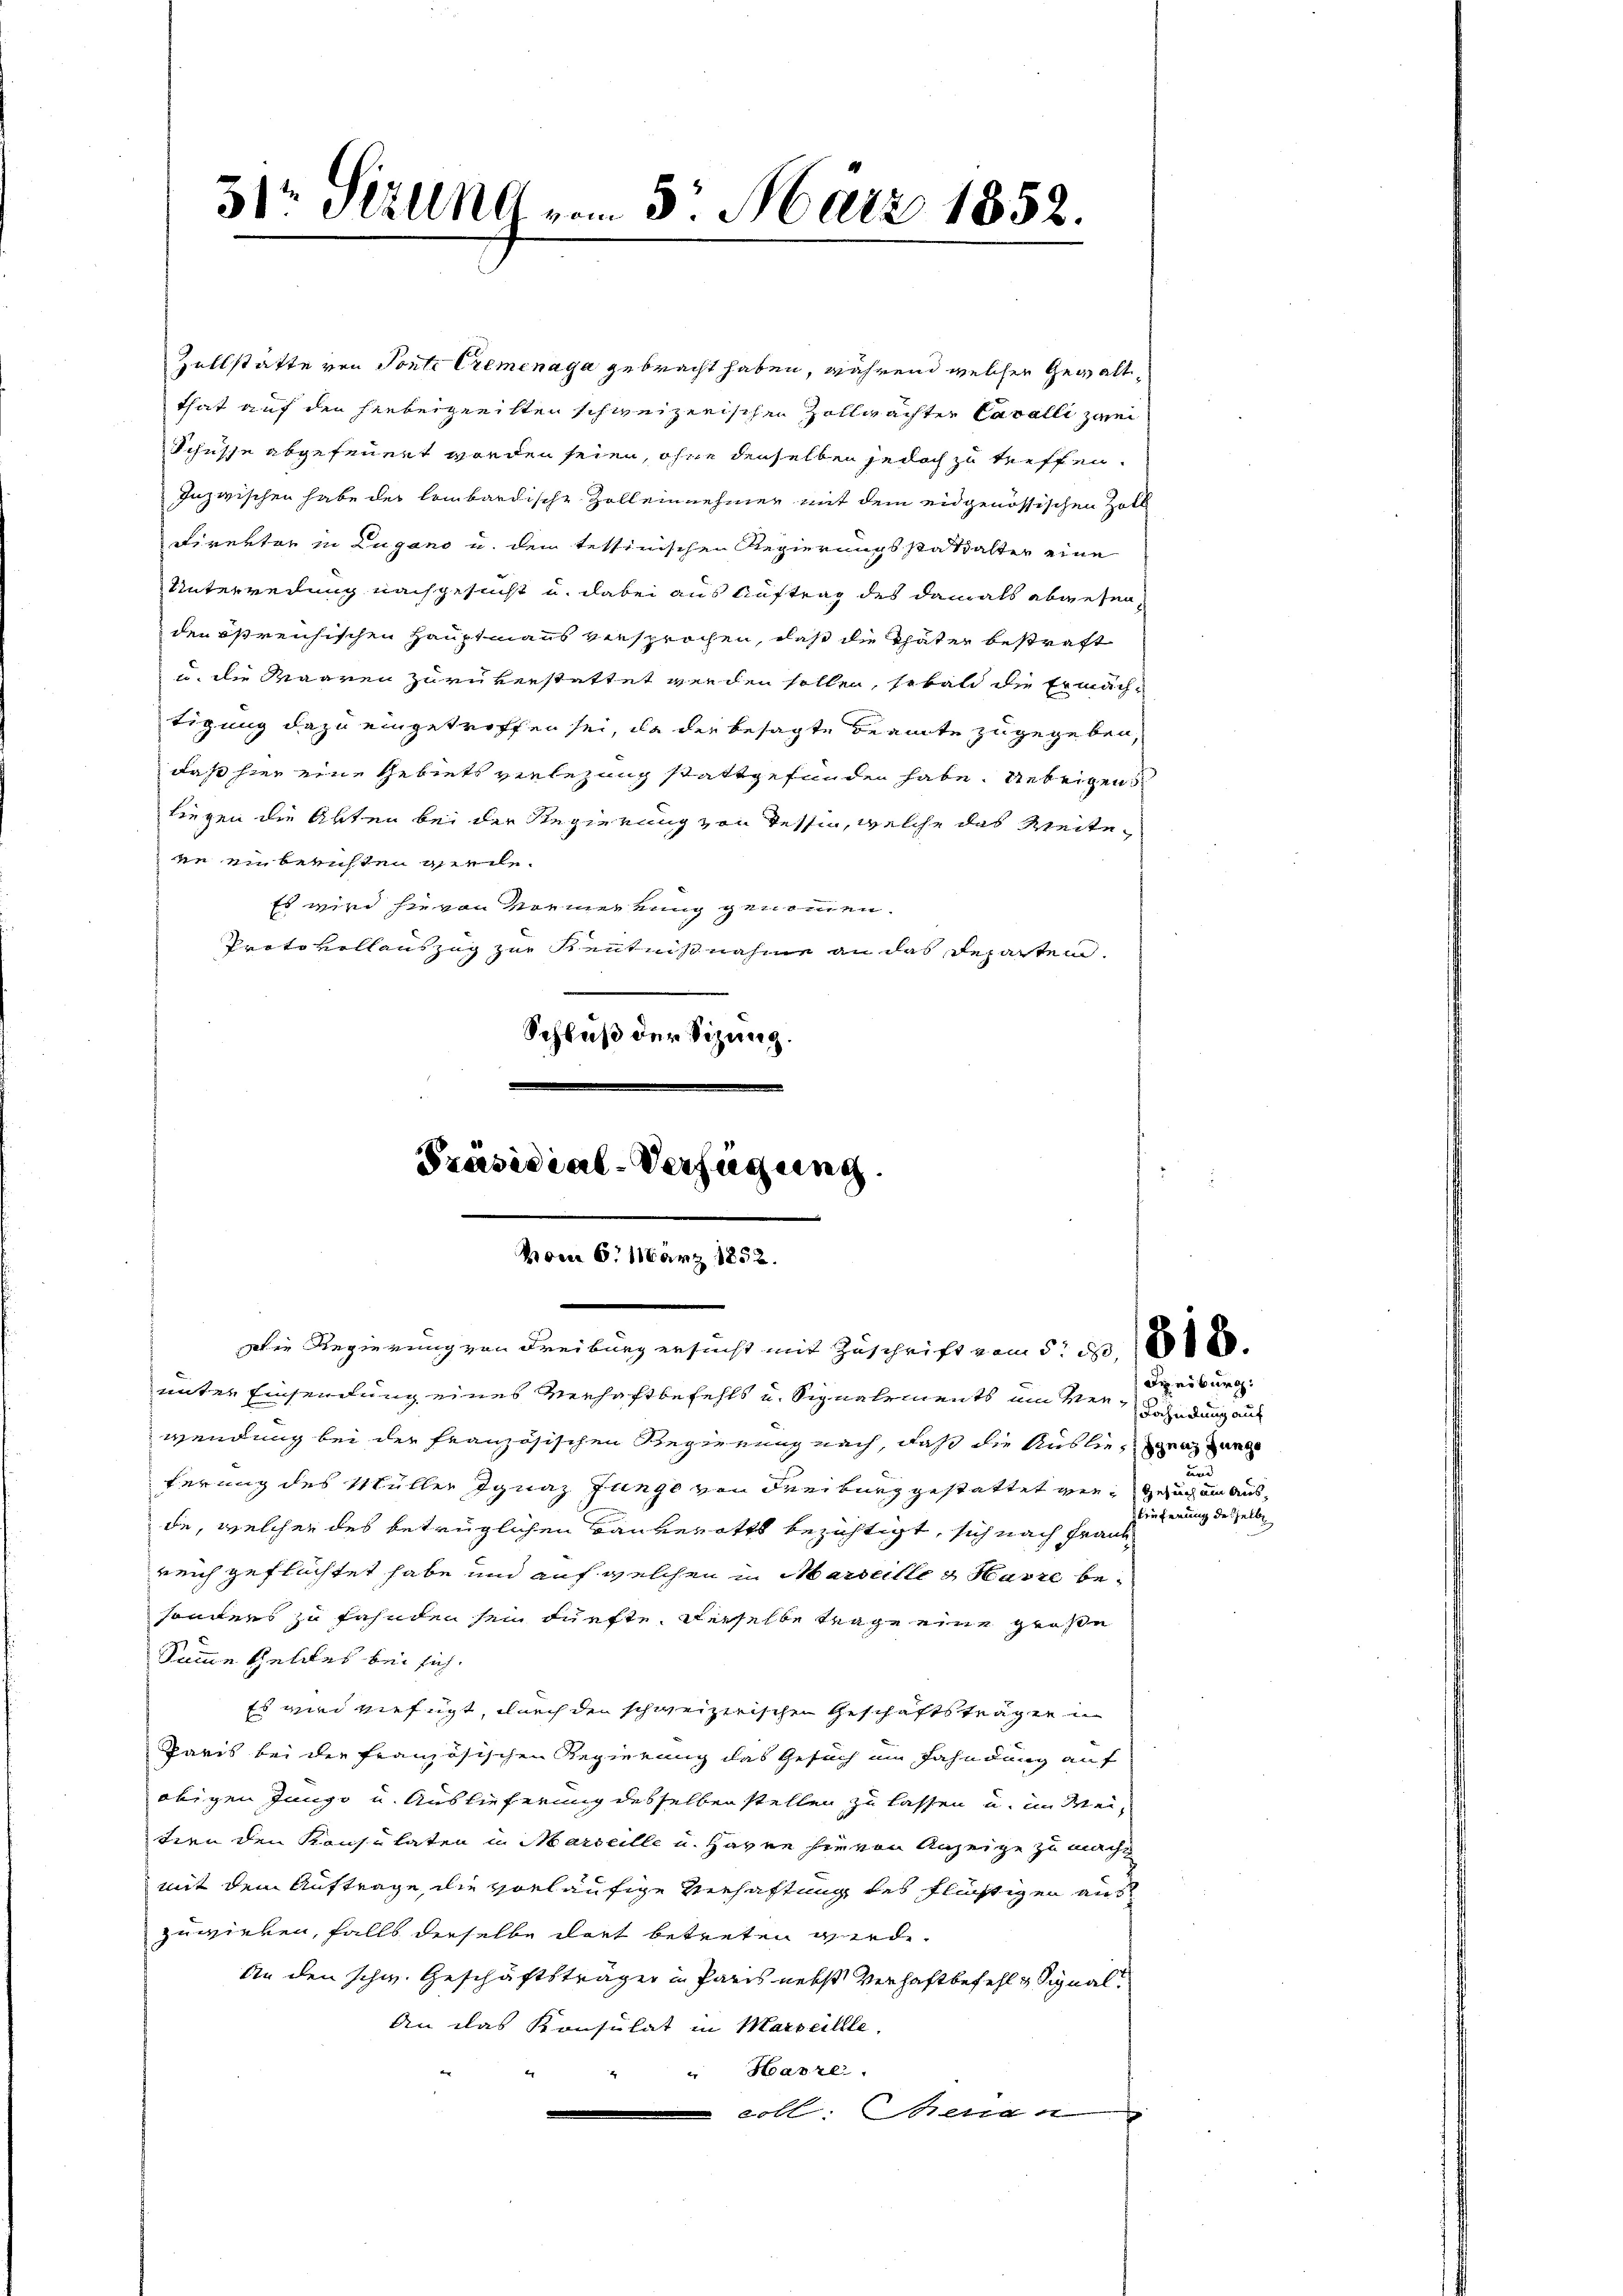
31 Sizung vom 5. März 1852.

zollstätte von Ponte Cremenaga gebracht haben, während welcher Gewaltthat auf den herbeigeeilten schweizerischen Zollwachter Cavalli zwei
Schüsse abgefeuert worden seien, ohne denselben jedoch zu treffen.
Inzwischen habe der lombardische Zoll einnehmer mit dem eidgenössischen Zoll
Direktor in Zugano u. dem tessinischen Regierungsstattalter eine
Unterredung nachgesucht u. dabei aus Auftrag des damals abwesenden östreichischen Hauptmanns versprochen, daß die Thäter bestraft
u. die Maaren zurükerstattet werden sollen, sobald die Ermächtigung dazu eingetroffen sei, da der besagte Beamte zugegeben,
daß hier eine Gebiets verlegung stattgefunden habe. Uebrigen
liegen die Abten bei der Regierung von Tessin, welche das Weitege in beruhten geeile.
Es wird sie von Vormerkung genommen.
Protokollauszug zur Kenntnißnahme an das Reparten
Schluß der Sitzung.

Die Regierung von Freiburg ersucht mit Zuschrift vom 5. 13,000.

unter Einsendung eines Verhaftbefehls u. Signalements an verbindung auf
wendung bei der französischen Regierung nach, daß die Ausliegen an
terung des Müller Ignaz Junge von Freiburg gestattet wie Gesuch am Ausde, welcher des betrüglichen Bauverotts bezichtigt, sich nach Frank
reich geflüchtet habe und auf welchen in Marseilles Harre besonders zu fahnden sein dürfte, derselbe trage eine große
Summe Geldes bei sich
Es wird vierfügt, durch den schweizerischen Geschäftsträgen
Paris bei der französischen Regierung das Gesuch im Fahndung auf
obigen Junge u. Auslieferung desselben stellen zu lassen u. im Meitern den Konsulaten in Marseille u. Hagen hievon Anzeige zu macht
mit dem Auftrage, die vorläufige Verhaftung des Flüssigen aus
zuwirken, falls derselbe dort betreten werde.
An den schw. Geschäftsträger in Paris nebst Verhaftbefehl & Signal
An das Konsulat in Marseillle.
" Harze
coll: Seiten

Präsidial-Verfügung.
vom 6. März 1852.

Dieiburg.
und
ieferung desselbe